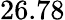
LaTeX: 26.78